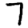
Digit: 7